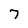
Character: 7